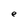
Character: e